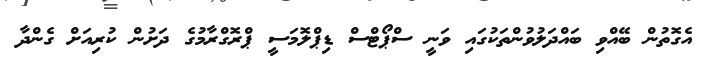
އެގޮތުން ބޭއްވި ބައްދަލުވުންތަކުގައި ވަނީ ސްޕޯޓްސް ޑިޕްލޮމަސީ ޕްރޮގްރާމުގެ ދަށުން ކުރިއަށް ގެންދާ